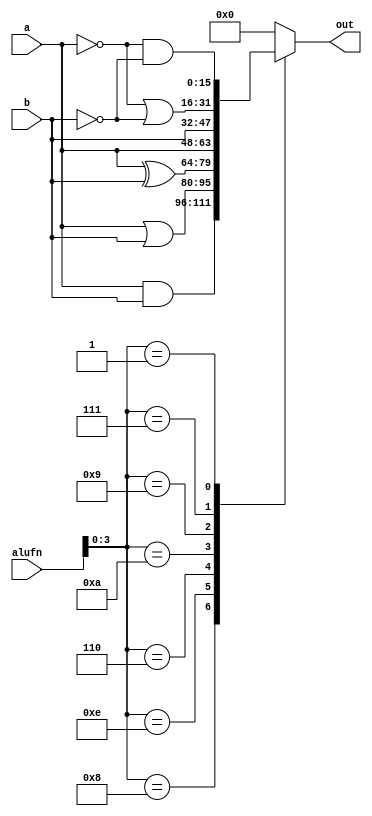
/*
   This file was generated automatically by Alchitry Labs version 1.2.7.
   Do not edit this file directly. Instead edit the original Lucid source.
   This is a temporary file and any changes made to it will be destroyed.
*/

module boolean_16_17 (
    input [15:0] a,
    input [15:0] b,
    input [5:0] alufn,
    output reg [15:0] out
  );
  
  
  
  always @* begin
    
    case (alufn[0+3-:4])
      4'h8: begin
        out = a & b;
      end
      4'he: begin
        out = a | b;
      end
      4'h6: begin
        out = a ^ b;
      end
      4'ha: begin
        out = a;
      end
      4'h9: begin
        out = b;
      end
      4'h7: begin
        out = ~a | ~b;
      end
      4'h1: begin
        out = ~a & ~b;
      end
      default: begin
        out = 16'h0000;
      end
    endcase
  end
endmodule